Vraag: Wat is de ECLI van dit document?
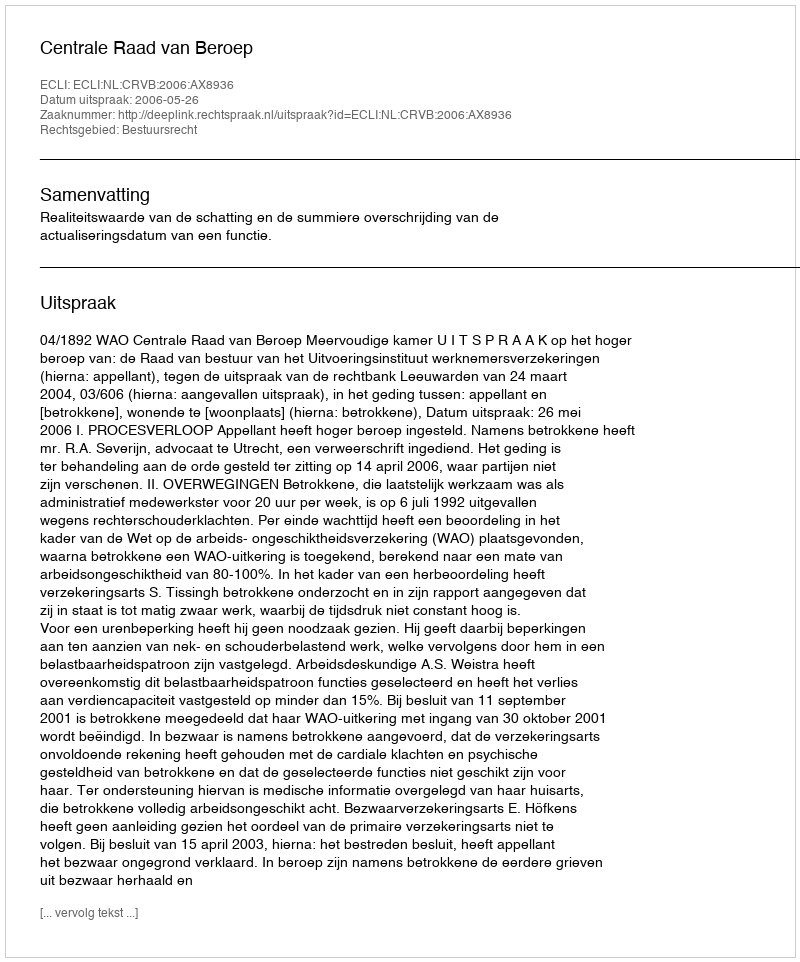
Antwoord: ECLI:NL:CRVB:2006:AX8936